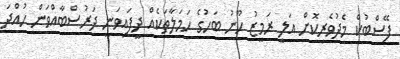
ފޭސްބުކް މެދުވެރިކޮށް އަލީ ރަމީޒު ހޫނު ބަހުގެ ހަމަލާތަކެއް ދީފައިވަނީ ދަރުސްބާއްވަން ހުއްދަ